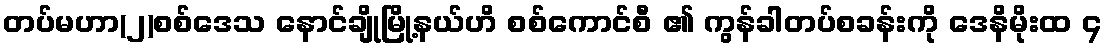
တပ်မဟာ(၂)စစ်ဒေသ နောင်ချိုမြို့နယ်ဟိ စစ်ကောင်စီ ၏ ကွန်ခါတပ်စခန်းကို ဒေနိမိုးထ ၄